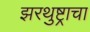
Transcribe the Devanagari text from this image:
झरथुष्ट्राचा